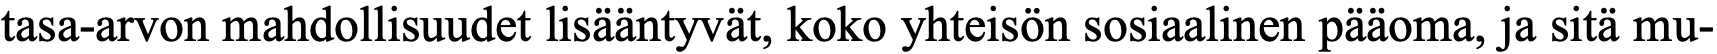
tasa-arvon mahdollisuudet lisääntyvät, koko yhteisön sosiaalinen pääoma, ja sitä mu-